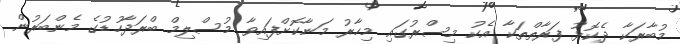
މުބާރަކާ ދެކޮޅު ފަރާތްތަކާ އެކު މިސްރުގައި މިހާރު މަނާކޮށްފައިވާ މުސްލިމް ބްރަދާހުޑުގެ މެންބަރުން